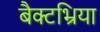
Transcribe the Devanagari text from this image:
बैक्टभ्रिया